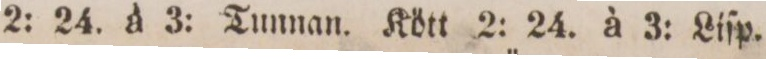
2: 24. à 3: Tunnan. Kött 2: 24. à 3: Liſp.